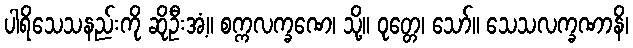
ပါရိသေသနည်းကို ဆိုဦးအံ့။ စက္ကလက္ခဏေ၊ သို့။ ဝုတ္တေ၊ သော်။ သေသလက္ခဏာနိ၊